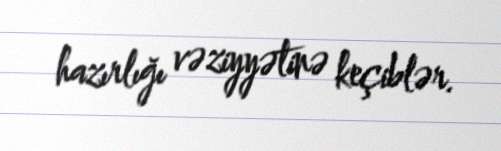
hazırlığı vəziyyətinə keçiblər.